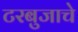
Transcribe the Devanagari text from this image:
टरबुजाचे